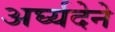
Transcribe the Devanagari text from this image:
अर्घ्यदेने